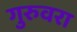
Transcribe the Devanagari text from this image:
गुरुवरा